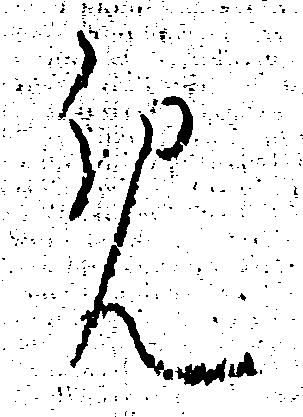
め